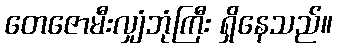
တေဇောမီးလျှံဘုံကြီး ရှိနေသည်။